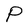
Character: P